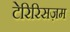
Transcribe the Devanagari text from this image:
टेरिरिसज़म